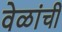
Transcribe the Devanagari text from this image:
वेळांची